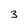
Character: 3